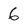
Character: 6